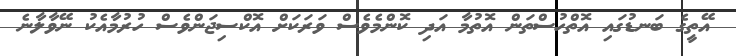
އޭތީގެ ބަނޑުގައި އޮތްހުސްތަން އޮތުމާ އަދި ކޮންމެވެސް ވަރަކަށް އޮކްސިޖަންވެސް ހުރުމާއެކު ނޭވާލާނެ